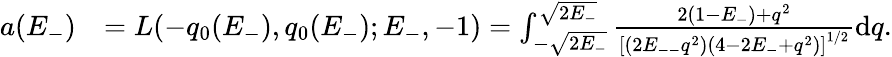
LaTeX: \begin{array}{rl}{a(E_{-})}&{=L(-q_{0}(E_{-}),q_{0}(E_{-});E_{-},-1)=\int_{-\sqrt{2E_{-}}}^{\sqrt{2E_{-}}}\frac{2(1-E_{-})+q^{2}}{\left[(2E_{--}q^{2})(4-2E_{-}+q^{2})\right]^{1/2}}\mathrm{d}q.}\end{array}